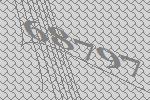
68797